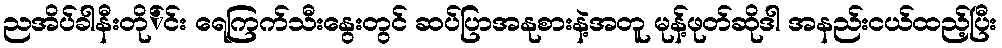
ညအိပ်ခါနီးတို်င်း ရေကြက်သီးနွေးတွင် ဆပ်ပြာအနုစားနဲ့အတူ မုန့်ဖုတ်ဆိုဒါ အနည်းငယ်ထည့်ပြီး